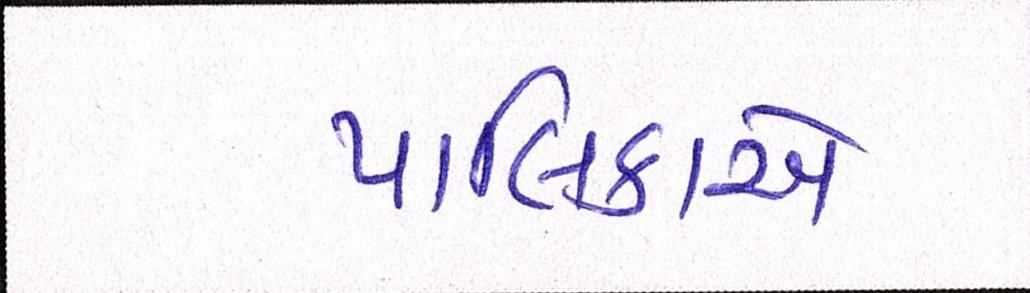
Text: પાલિકાએ